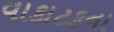
વાકાટકના